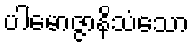
ပါမောဇ္ဇာနိသံသော